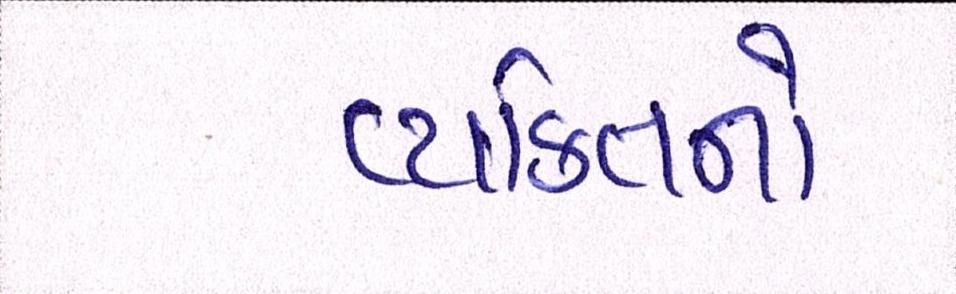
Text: વ્યક્તિનો